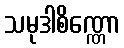
သမုဒါစိဏ္ဏော